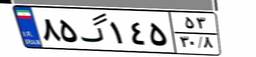
۲۳گ۹۰۴۳۳